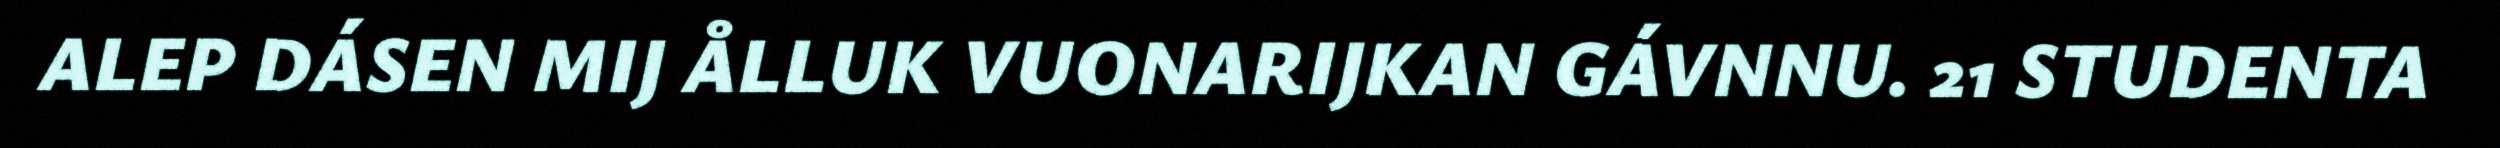
ALEP DÁSEN MIJ ÅLLUK VUONARIJKAN GÁVNNU. 21 STUDENTA